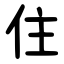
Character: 住